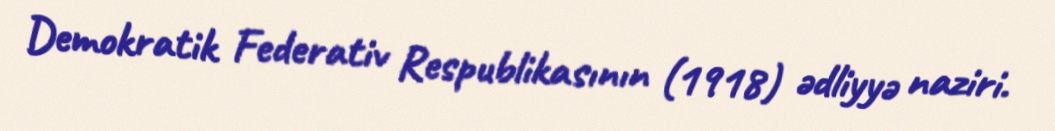
Demokratik Federativ Respublikasının (1918) ədliyyə naziri.